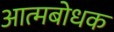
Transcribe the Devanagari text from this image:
आत्मबोधक